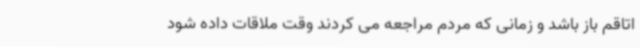
اتاقم باز باشد و زمانی که مردم مراجعه می کردند وقت ملاقات داده شود